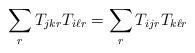
LaTeX: \begin{align*} \sum_{r}T_{jkr}T_{i\ell r} = \sum_{r}T_{ijr}T_{k\ell r}\end{align*}